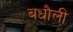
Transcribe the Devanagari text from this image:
बधौली